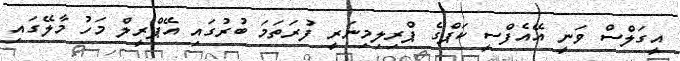
އީގަލްސް ވަނީ އޭއެފްސީ ކަޕްގެ ޕްރިލިމިނަރީ ފުރަތަމަ ބުރުގައި އޭޕްރީލް މަހު މާލޭގައި